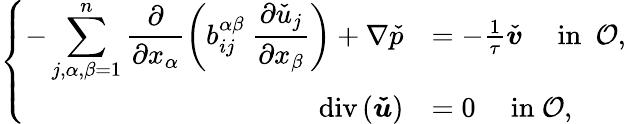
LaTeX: \left\{ \begin{array}{rlc}{-\displaystyle\sum_{j,\alpha,\beta=1}^{n}\frac{\partial}{\partial x_{\alpha}}\left(b_{ij}^{\alpha\beta}\ \frac{\partial{{\check{u}}_{j}}}{\partial x_{\beta}}\right)+\nabla\check{p}}&{=-\frac{1}{\tau}\check{\boldsymbol v}\quad\mathrm{~in~}\ {\mathcal{O}},}\\ {\operatorname{div}\left(\boldsymbol{\check{u}}\right)}&{=0\quad\mathrm{~in~}{\mathcal{O}},}\end{array}\right.